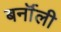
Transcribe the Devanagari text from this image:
बर्नॉली